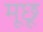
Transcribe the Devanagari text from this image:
मूछू